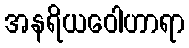
အနရိယဝေါဟာရာ